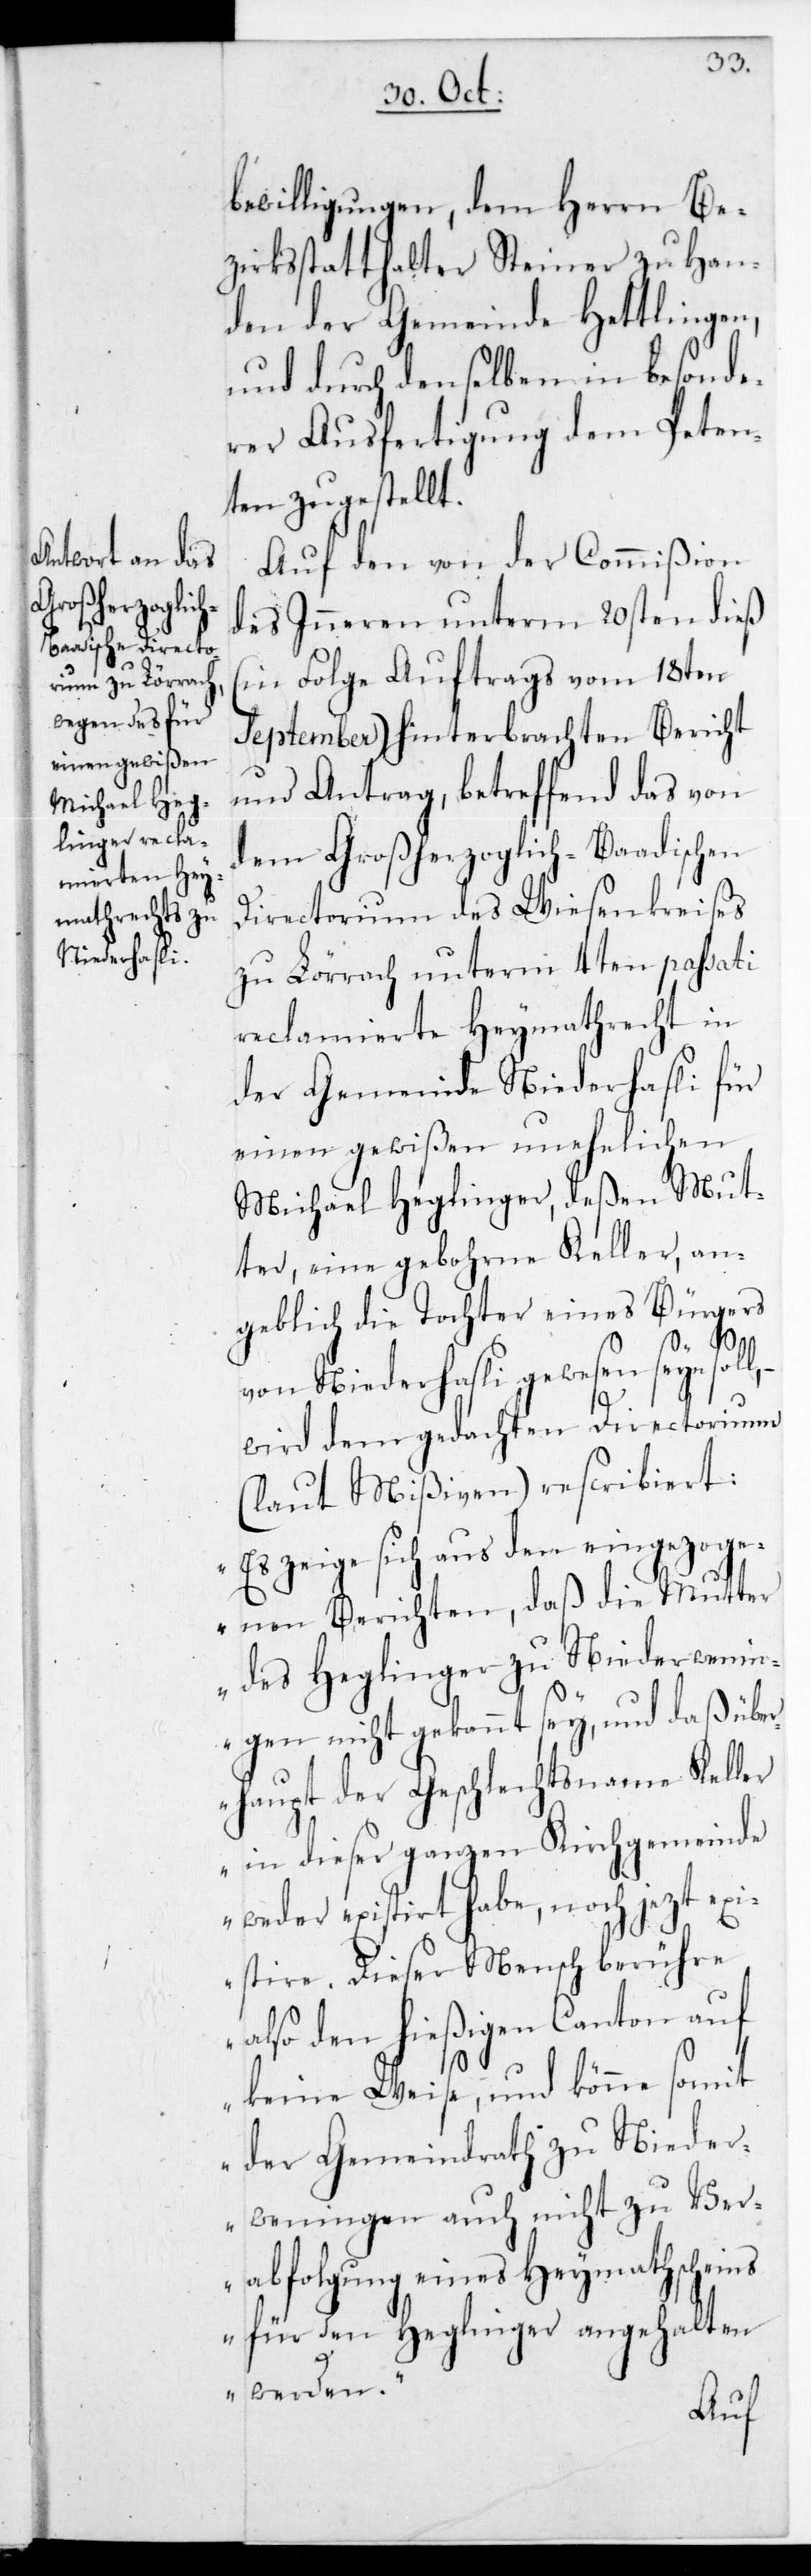
bewilligungen, dem Herrn Be¬
zirksstatthalter Steiner zu Han¬
den der Gemeinde Hettlingen,
und durch denselben in besonde¬
rer Ausfertigung dem Peten¬
ten zugestellt.
Auf den von der Commißion
des Inneren unterm 20sten dieß
(in Folge Auftrags vom 18ten
September) hinterbrachten Bericht
und Antrag, betreffend das von
dem Großherzoglich-Baadischen
Directorium des Wiesenkreises
zu Lörrach, unterm 4ten passati
reclamierte Heymathrecht in
der Gemeinde Niederhasli für
einen gewißen unehelichen
Michael Heglinger, deßen Mut¬
ter, eine gebohrne Keller, an¬
geblich die Tochter eines Bürgers
von Niederhasli gewesen seyn soll,
wird dem gedachten Directorium
(laut Mißiven) rescribiert:
„Es zeige sich aus den eingezog¬
enen Berichten, daß die Mutter
des Heglinger zu Niederwenin¬
gen nicht gekannt sey, und daß übe¬
rhaupt der Geschlechtsname Keller
in dieser ganzen Kirchgemeinde
weder existirt habe noch jezt exi¬
stire. Dieser Mensch berühre
also den hießigen Canton auf
keine Weise, und könne somit
der Gemeindrath zu Nieder¬
weningen auch nicht zu Ver¬
abfolgung eines Heymathscheins
für den Heglinger angehalten
werden“.